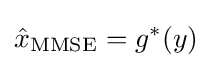
{\hat {x}}_{\operatorname {MMSE} }=g^{*}(y)